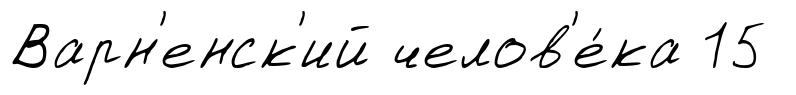
Варн'енск'ий челов'е́ка 15